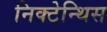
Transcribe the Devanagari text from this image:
निक्टेन्थिस